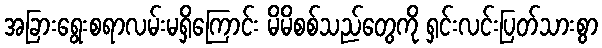
အခြားရွေးစရာလမ်းမရှိကြောင်း မိမိစစ်သည်တွေကို ရှင်းလင်းပြတ်သားစွာ